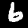
Label: 6